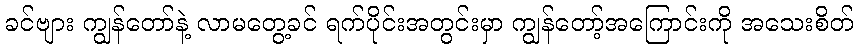
ခင်ဗျား ကျွန်တော်နဲ့ လာမတွေ့ခင် ရက်ပိုင်းအတွင်းမှာ ကျွန်တော့်အကြောင်းကို အသေးစိတ်